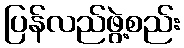
ပြန်လည်ဖွဲ့စည်း